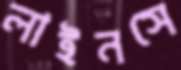
লাইনসে